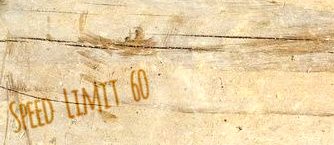
Speed Limit 60